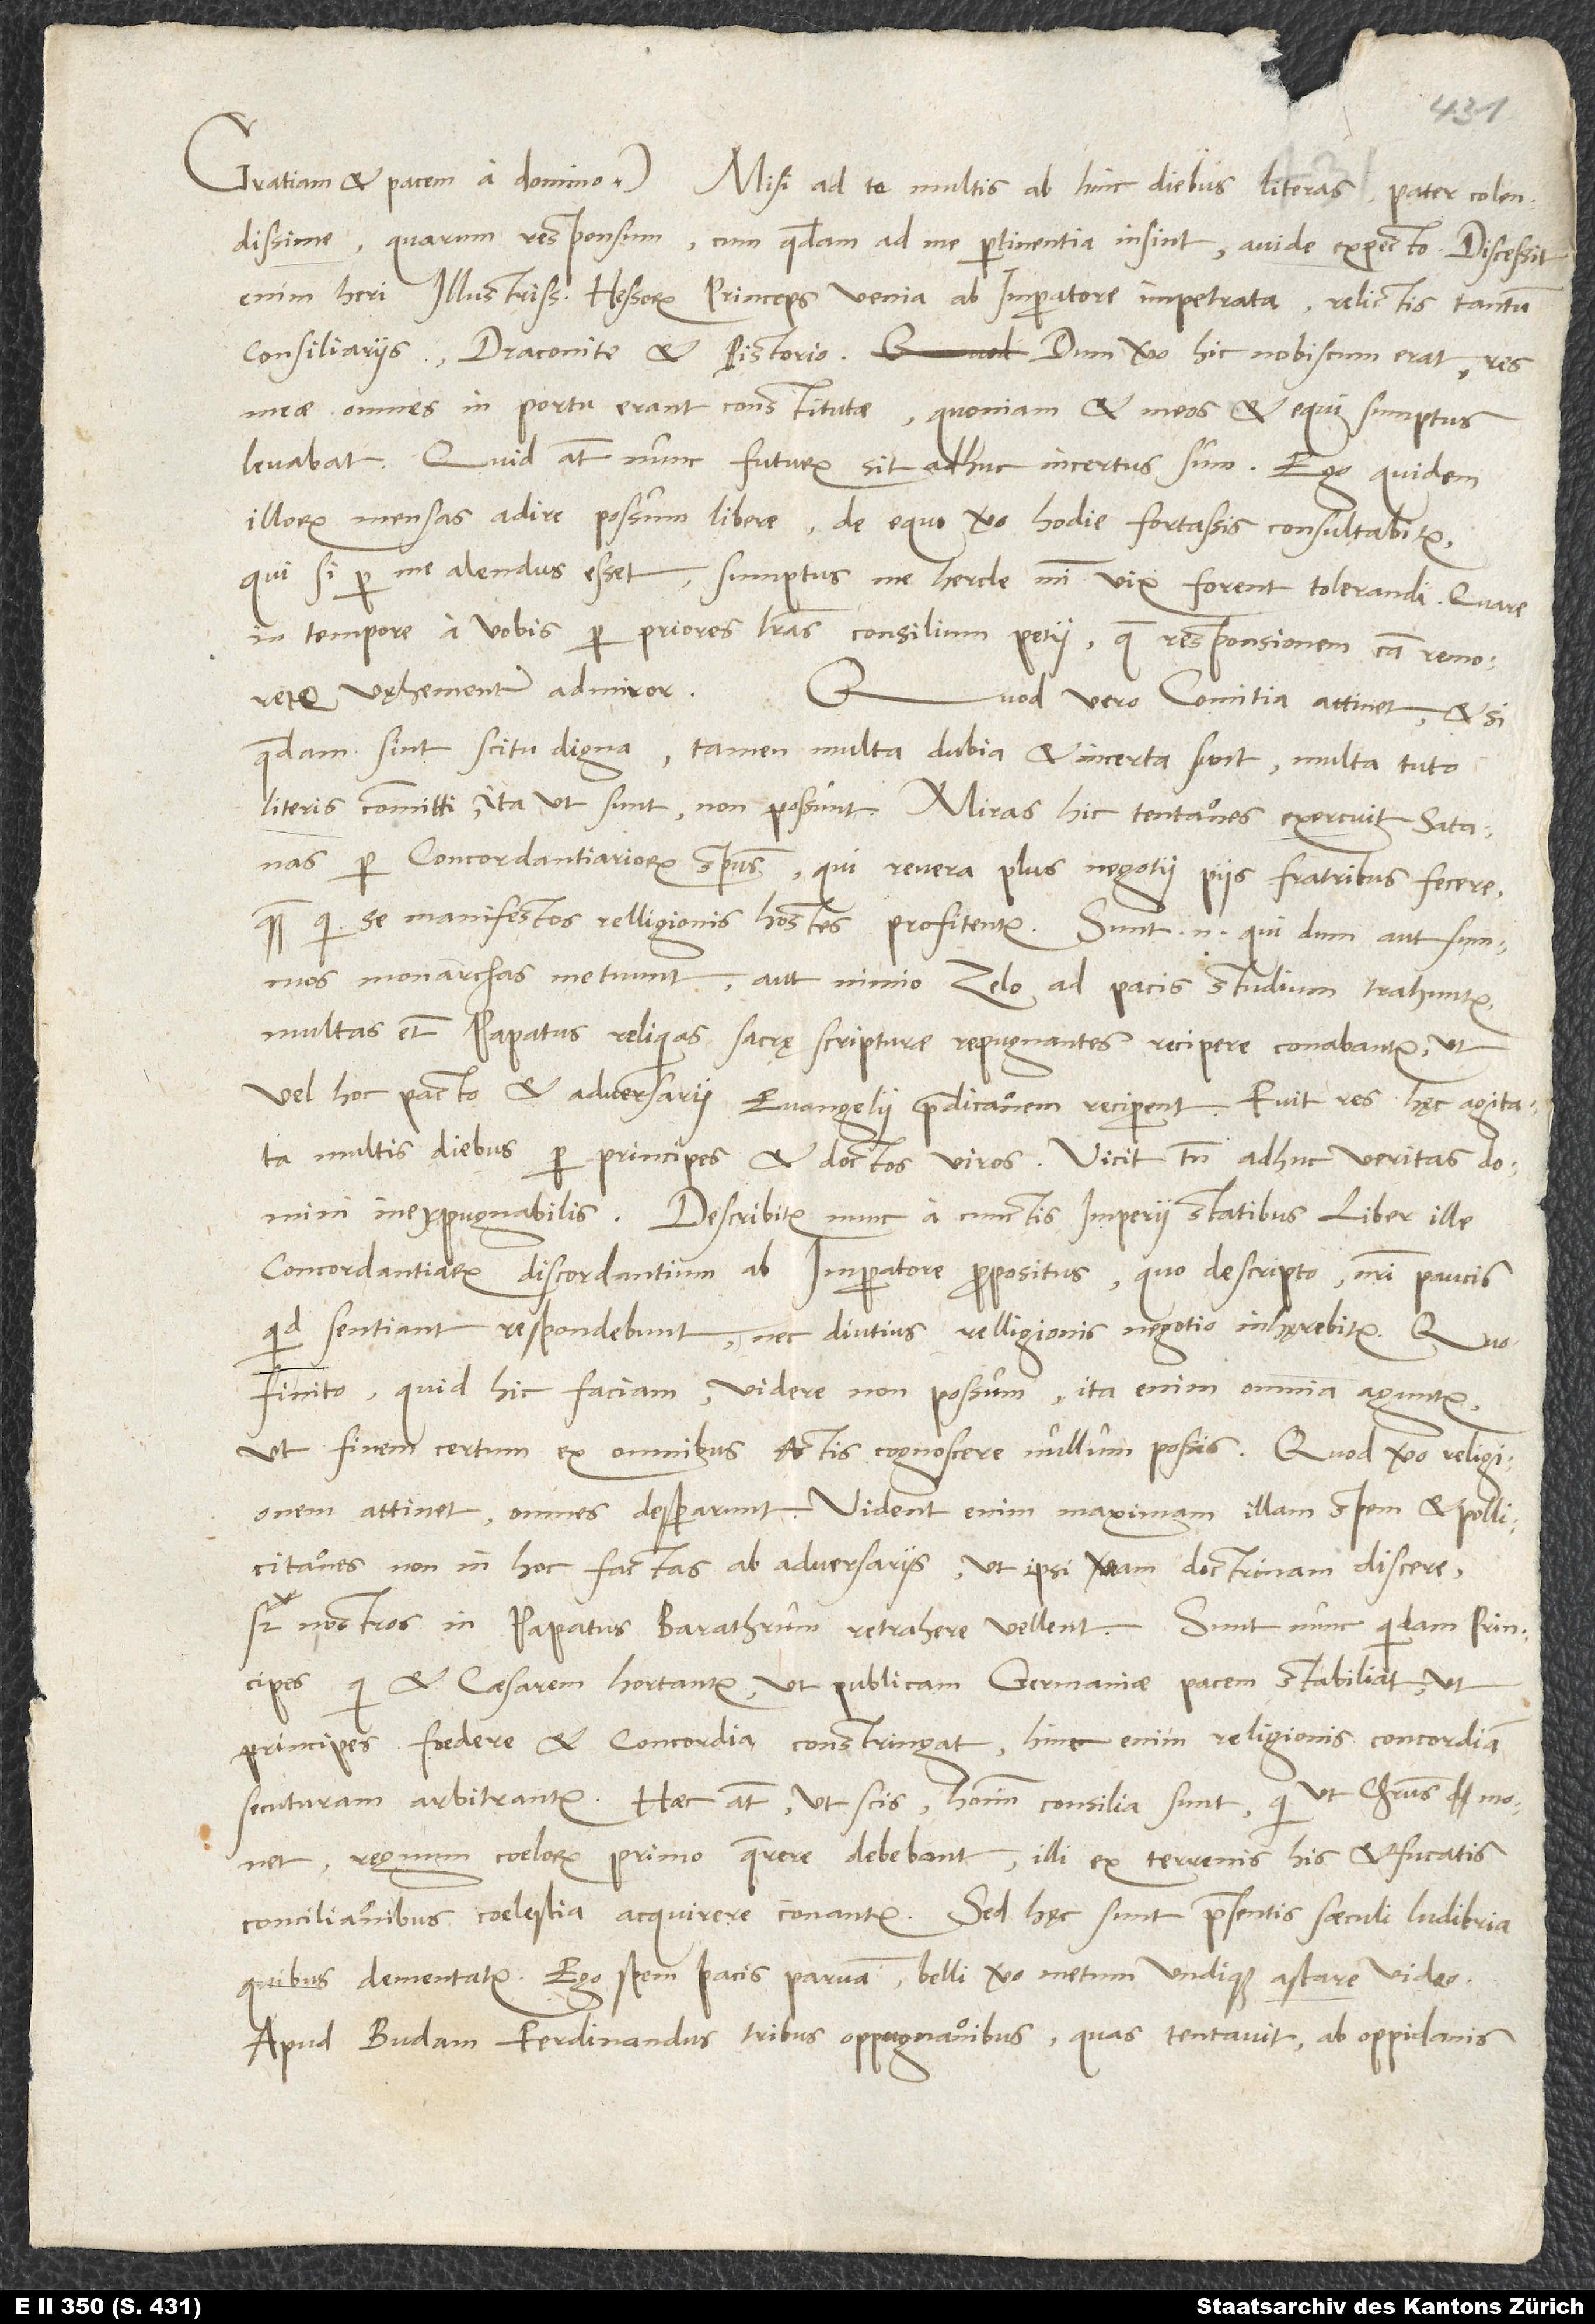
quarum responsum, cum quaedam ad me pertinentia insint, avide expecto. Discessit
enim heri illustrissimus Hessorum princeps venia ab imperatore impetrata relictis tantum
consiliariis, Draconite et Pistorio. Dum vero hic nobiscum erat, res
meae omnes in portu erant constitutae, quoniam et meos et equi sumptus
levabat. Quid autem nunc futurum sit, adhuc incertus sum. Ego quidem
illorum mensas adire possum libere; de equo vero hodie fortassis consultabitur.
Qui si per me alendus esset, sumptus me hercle mihi vix forent tolerandi. Quare
in tempore a vobis per priores literas consilium petii; quae responsionem causa remoretur,
vęhementer admiror.
Quod vero comitia attinet, etsi
quaedam sint scitu digna, tamen multa dubia et incerta sunt, multa tuto
per concordantiariorum spiritus, qui revera plus negotii piis fratribus fecere,
quam qui se manifestos relligionis hostes profitentur. Sunt enim, qui, dum aut summos
monarchas metuunt aut nimio zelo ad pacis studium trahuntur,
multas etiam papatus reliquias sacrę scripturae repugnantes recipere conabantur, ut
vel hoc pacto et adversarii evangelii praedicationem reciperent. Fuit res hęc agitata
multis diebus per principes et doctos viros. Vicit tamen adhuc veritas domini
concordantiarum discordantium ab imperatore propositus, quo descripto nostri paucis,
quid sentiant, respondebunt, nec diutius relligionis negotio inherebitur. Quo
finito quid hic faciam, videre non possum; ita enim omnia aguntur,
ut finem certum ex omnibus actis cognoscere nullum possis. Quod vero religionem
attinet, omnes desperarunt. Vident enim maximam illam spem et pollicitationes
non in hoc factas ab adversariis, ut ipsi veram doctrinam discere,
sed nostros in papatus barathrum retrahere vellent. Sunt nunc quidam principes,
qui et caesarem hortantur, ut publicam Germaniae pacem stabiliat, ut
principes foedere et concordia constringat; hinc enim religionis concordiam
secuturam arbitrantur. Haec autem, ut scis, hominum consilia sunt, qui, ut Christus monet,
regnum coelorum primo quaerere debebant; illi ex terrenis his et fucatis
conciliationibus coelestia acquirere conantur. Sed hęc sunt praesentis saeculi ludibria,
Ego spem pacis parvam, belli vero metum undique astare video.
Apud Budam Ferdinandus tribus oppugnationibus, quas tentavit, ab oppidanis